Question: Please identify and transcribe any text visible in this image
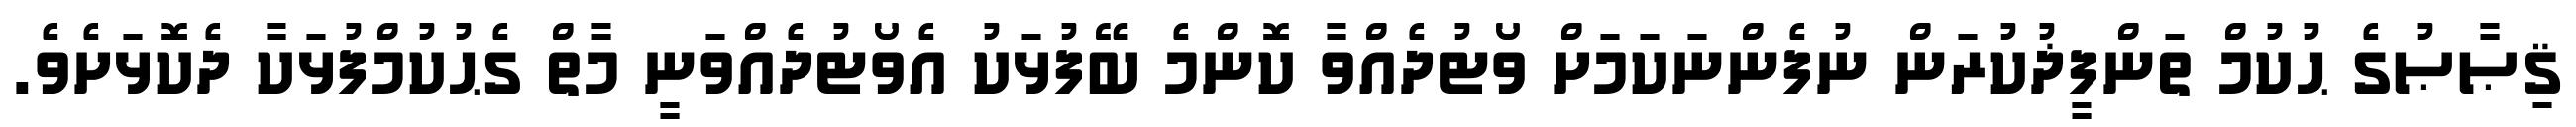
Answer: ޤިޞާޞުގެ ޙުކުމް ތަންފީޛުކުރަން ނުފެންނަކަމަށް ވޯޓުދެއްވާ ކޮންމެ ބޭފުޅަކު އެވޯޓުދެއްވަނީ މާތް ގެޙުކުމްފުޅަކާ ދެކޮޅަށެވެ.